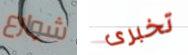
شوارع تخبرى